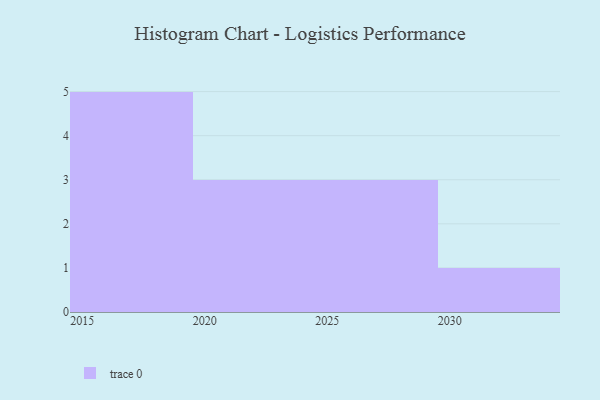
{"axis": {"x": "Year", "y": "Latency (ms)"}, "legend": [""], "data": [{"x": "2027", "y": 75, "type": ""}, {"x": "2019", "y": 97, "type": ""}, {"x": "2025", "y": 19, "type": ""}, {"x": "2018", "y": 89, "type": ""}, {"x": "2016", "y": 46, "type": ""}, {"x": "2015", "y": 78, "type": ""}, {"x": "2021", "y": 85, "type": ""}, {"x": "2029", "y": 67, "type": ""}, {"x": "2020", "y": 35, "type": ""}, {"x": "2030", "y": 64, "type": ""}, {"x": "2022", "y": 18, "type": ""}, {"x": "2017", "y": 75, "type": ""}]}